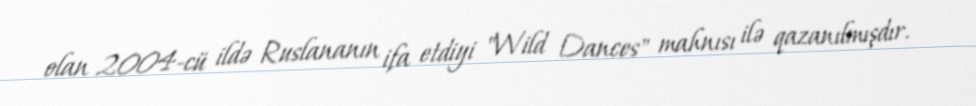
olan 2004-cü ildə Ruslananın ifa etdiyi "Wild Dances" mahnısı ilə qazanılmışdır.